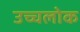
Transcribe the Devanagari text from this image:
उच्चलोक